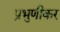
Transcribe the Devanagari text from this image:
प्रभुणीकर